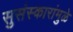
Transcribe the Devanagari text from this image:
सुसंस्कारांमुळे